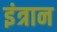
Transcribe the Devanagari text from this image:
इंत्रान